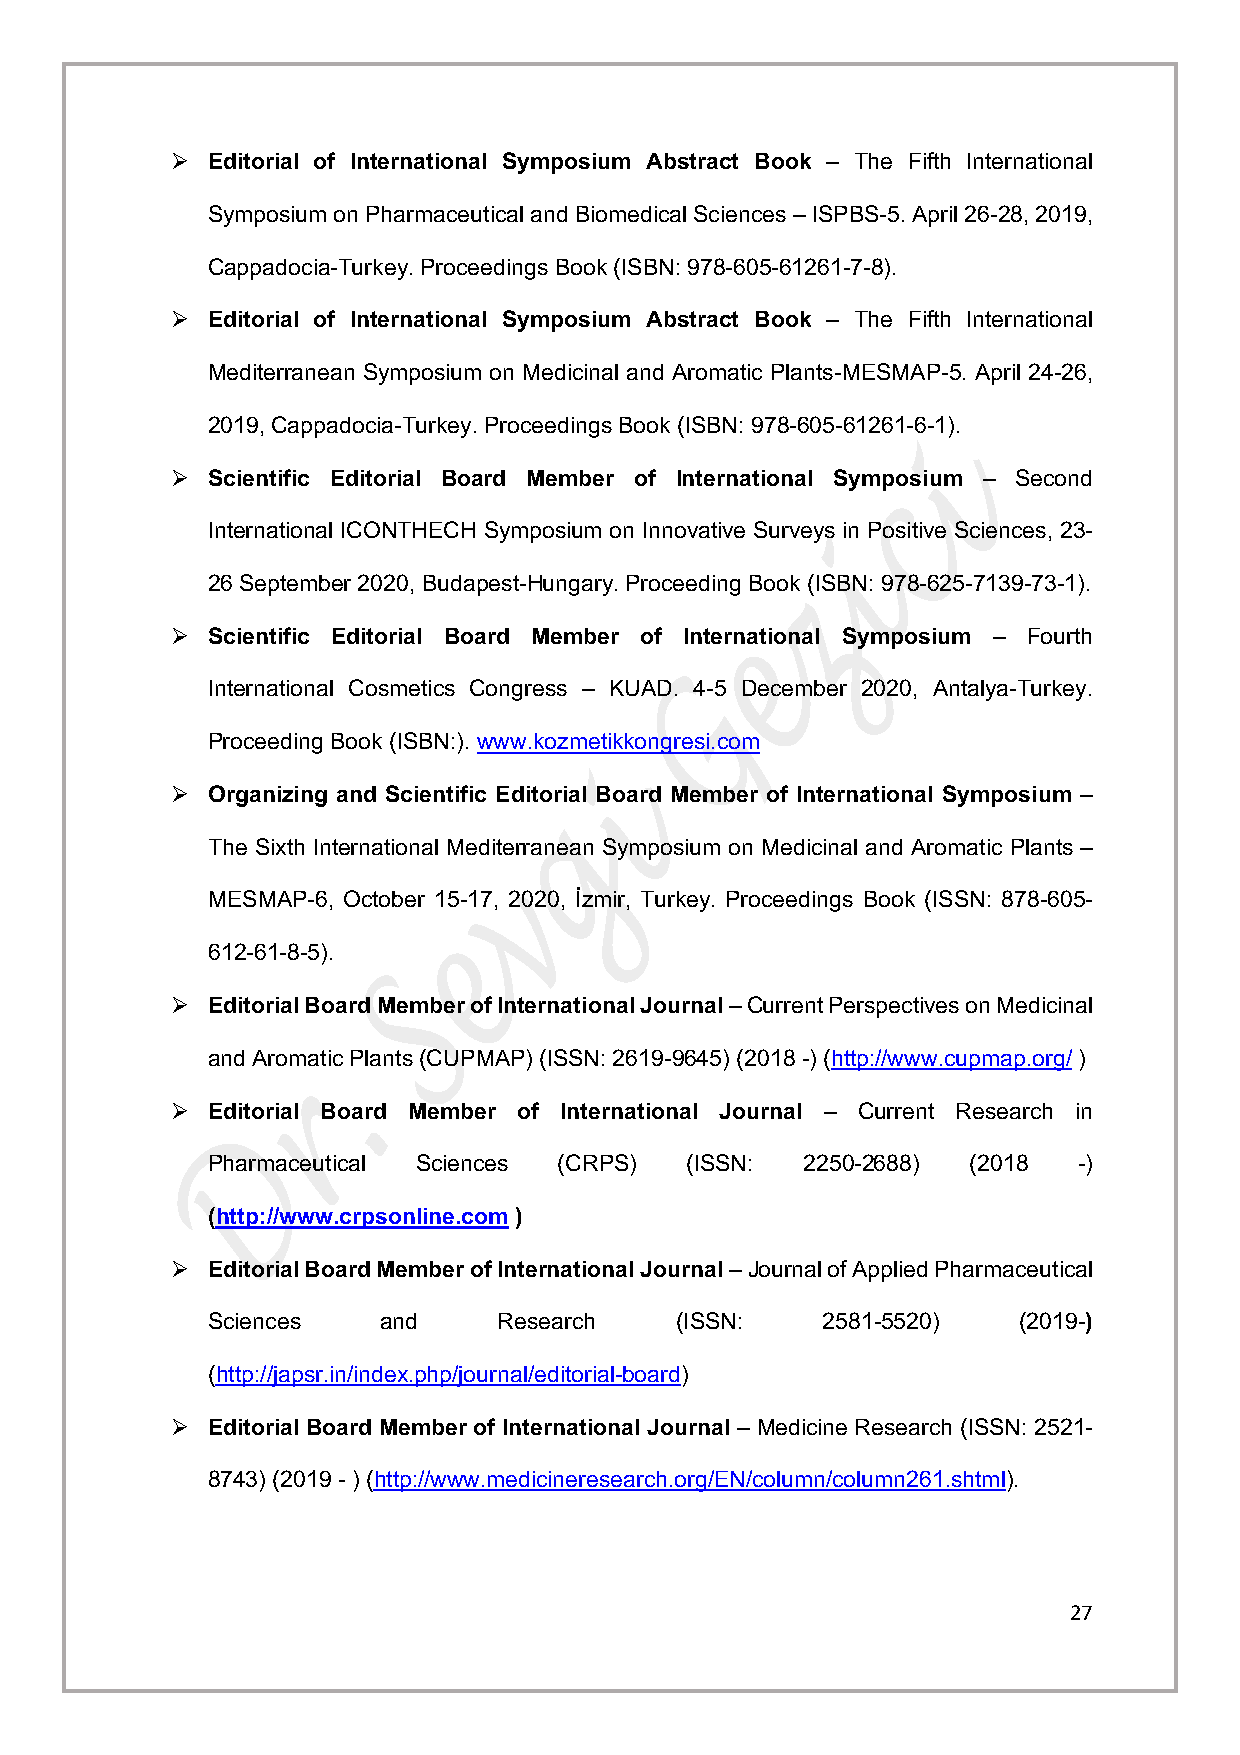
Ø  Editorial of International Symposium Abstract Book – The Fifth International
 Symposium on Pharmaceutical and Biomedical Sciences – ISPBS-5. April 26-28, 2019,
 Cappadocia-Turkey. Proceedings Book (ISBN: 978-605-61261-7-8).
 Ø  Editorial of International Symposium Abstract Book – The Fifth International
 Mediterranean Symposium on Medicinal and Aromatic Plants-MESMAP-5. April 24-26,
 2019, Cappadocia-Turkey. Proceedings Book (ISBN: 978-605-61261-6-1).
 Ø  Scientific Editorial Board Member of International Symposium – Second
 International ICONTHECH Symposium on Innovative Surveys in Positive Sciences, 23-
 26 September 2020, Budapest-Hungary. Proceeding Book (ISBN: 978-625-7139-73-1).
 Ø  Scientific Editorial Board Member of International Symposium – Fourth
 International Cosmetics Congress – KUAD. 4-5 December 2020, Antalya-Turkey.
 Proceeding Book (ISBN:). www.kozmetikkongresi.com
 Ø  Organizing and Scientific Editorial Board Member of International Symposium –
 The Sixth International Mediterranean Symposium on Medicinal and Aromatic Plants –
 MESMAP-6, October 15-17, 2020, İzmir, Turkey. Proceedings Book (ISSN: 878-605-
 612-61-8-5).
 Ø  Editorial Board Member of International Journal – Current Perspectives on Medicinal
 and Aromatic Plants (CUPMAP) (ISSN: 2619-9645) (2018 -) (http://www.cupmap.org/ )
 Ø  Editorial Board Member of International Journal – Current Research in
 Pharmaceutical Sciences (CRPS) (ISSN:  2250-2688) (2018  -)
 (http://www.crpsonline.com )
 Ø  Editorial Board Member of International Journal – Journal of Applied Pharmaceutical
 Sciences   and     Research    (ISSN:   2581-5520)   (2019-)
 (http://japsr.in/index.php/journal/editorial-board)
 Ø  Editorial Board Member of International Journal – Medicine Research (ISSN: 2521-
 8743) (2019 - ) (http://www.medicineresearch.org/EN/column/column261.shtml).
 27